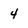
Character: 4